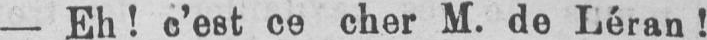
- Eh! c’est ce cher M. de Léran!